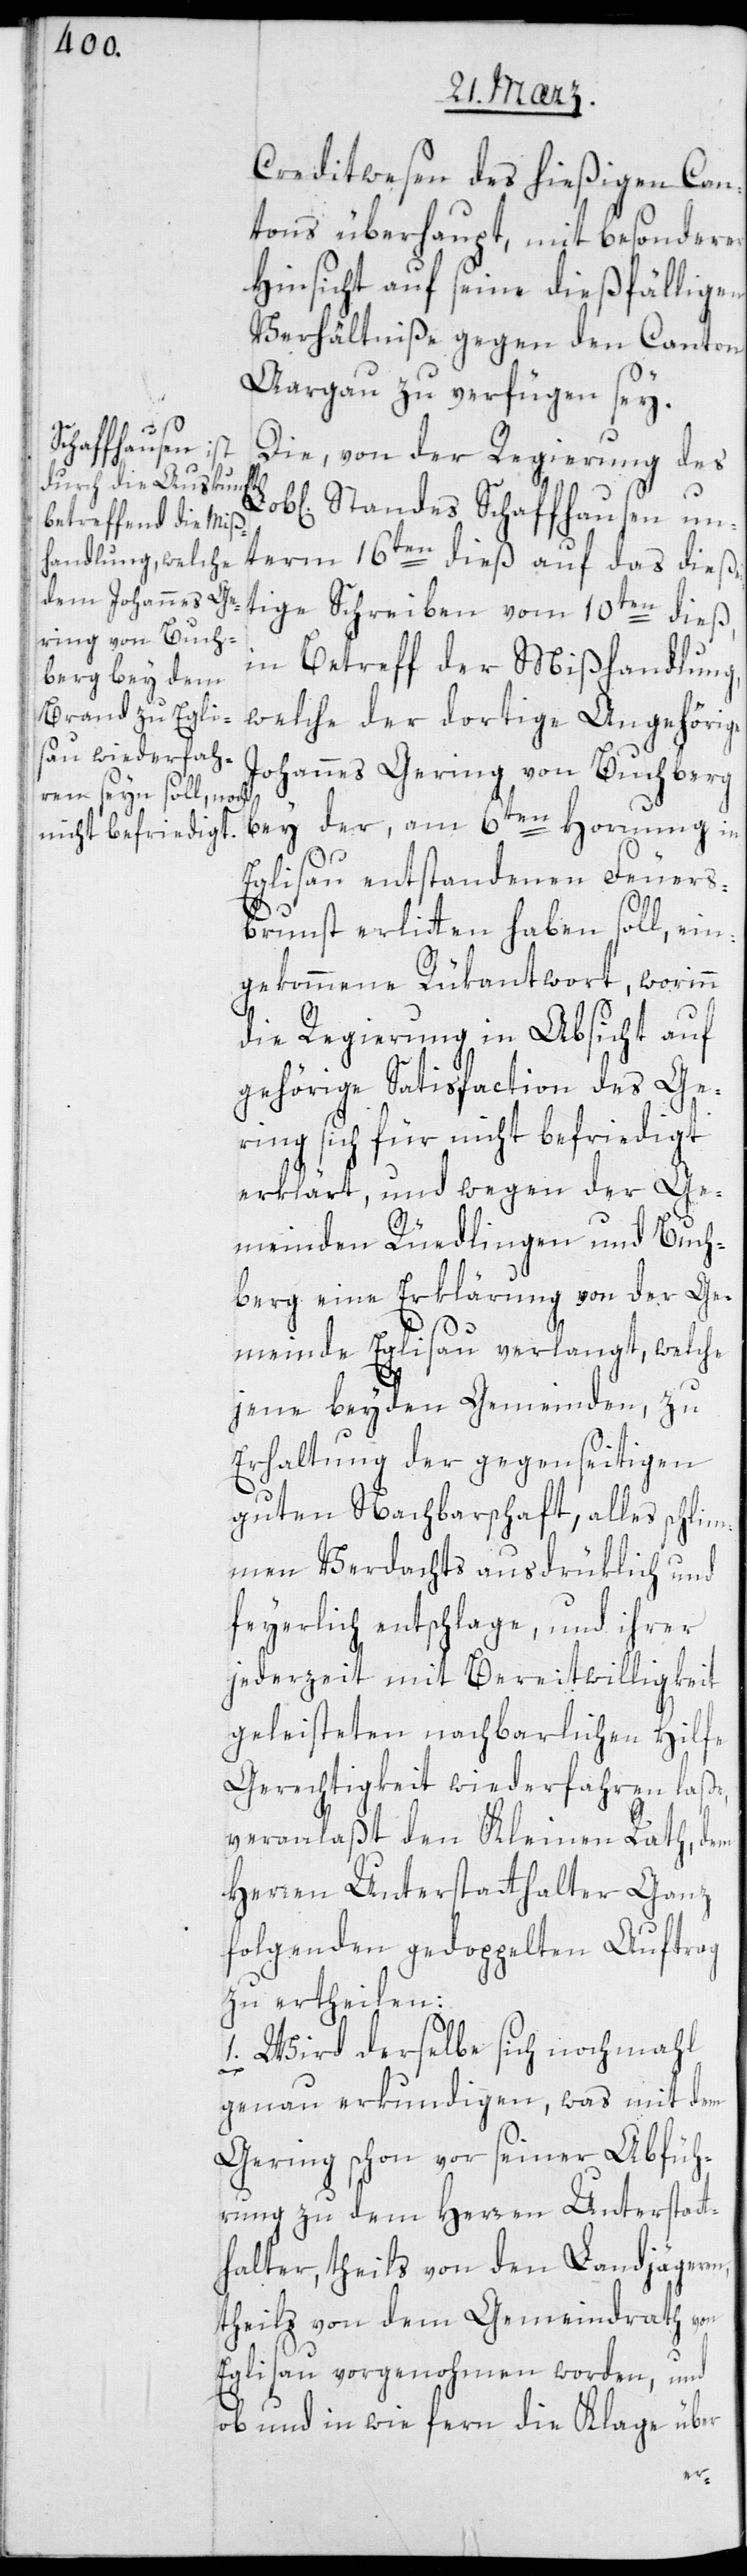
Creditwesen des hießigen Can¬
tons überhaupt, mit besonderer
Hinsicht auf seine dießfälligen
Verhältniße, gegen den Canton
Aargau zu verfügen sei.
Die von der Regierung des
Standes Schaffhausen un¬
term 16ten dieß auf das dießei¬
tige Schreiben vom 10ten dieß,
in Betreff der Mißhandlung,
welche der dortige Angehörige
Johannes Gering von Buchberg
bey der, am 6ten Hornung in
Eglisau entstandenen Feuers¬
brunst erlitten haben soll, ein¬
gekommene Rükantwort, worinn
die Regierung in Absicht auf
gehörige Satisfaction des Ge¬
ring sich für nicht befriedigt
erklärt, und wegen der Ge¬
meinden Rüdlingen und Buch¬
berg eine Erklärung von der Ge¬
meinde Eglisau verlangt, welche
jene beyden Gemeinden, zu
Erhaltung der gegenseitigen
guten Nachbarschaft, alles schlim¬
men Verdachts ausdrüklich und
feyerlich entschlage, und ihrer
jederzeit mit Bereitwilligkeit
geleisteten nachbarlichen Hilfe
Gerechtigkeit wiederfahren laße,
veranlaßt den Kleinen Rath, dem
Herren Unterstatthalter Ganz
folgenden gedoppelten Auftrag
zu ertheilen:
1. Wird derselbe sich nochmahl
genau erkundigen, was mit dem
Gering schon vor seiner Abfüh¬
rung zu dem Herren Unterstat¬
thalter, theils von den Landjägeren,
theils von dem Gemeindrath von
Eglisau vorgenohmen worden, und
ob und in wie fern die Klage über